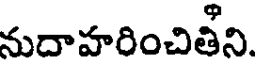
నుదాహరించితీని.